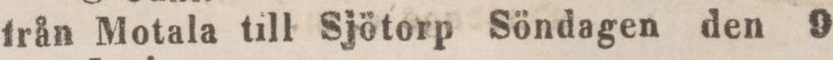
från Motala till Sjötorp Söndagen den 9